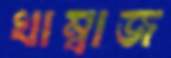
খাম্বাজ